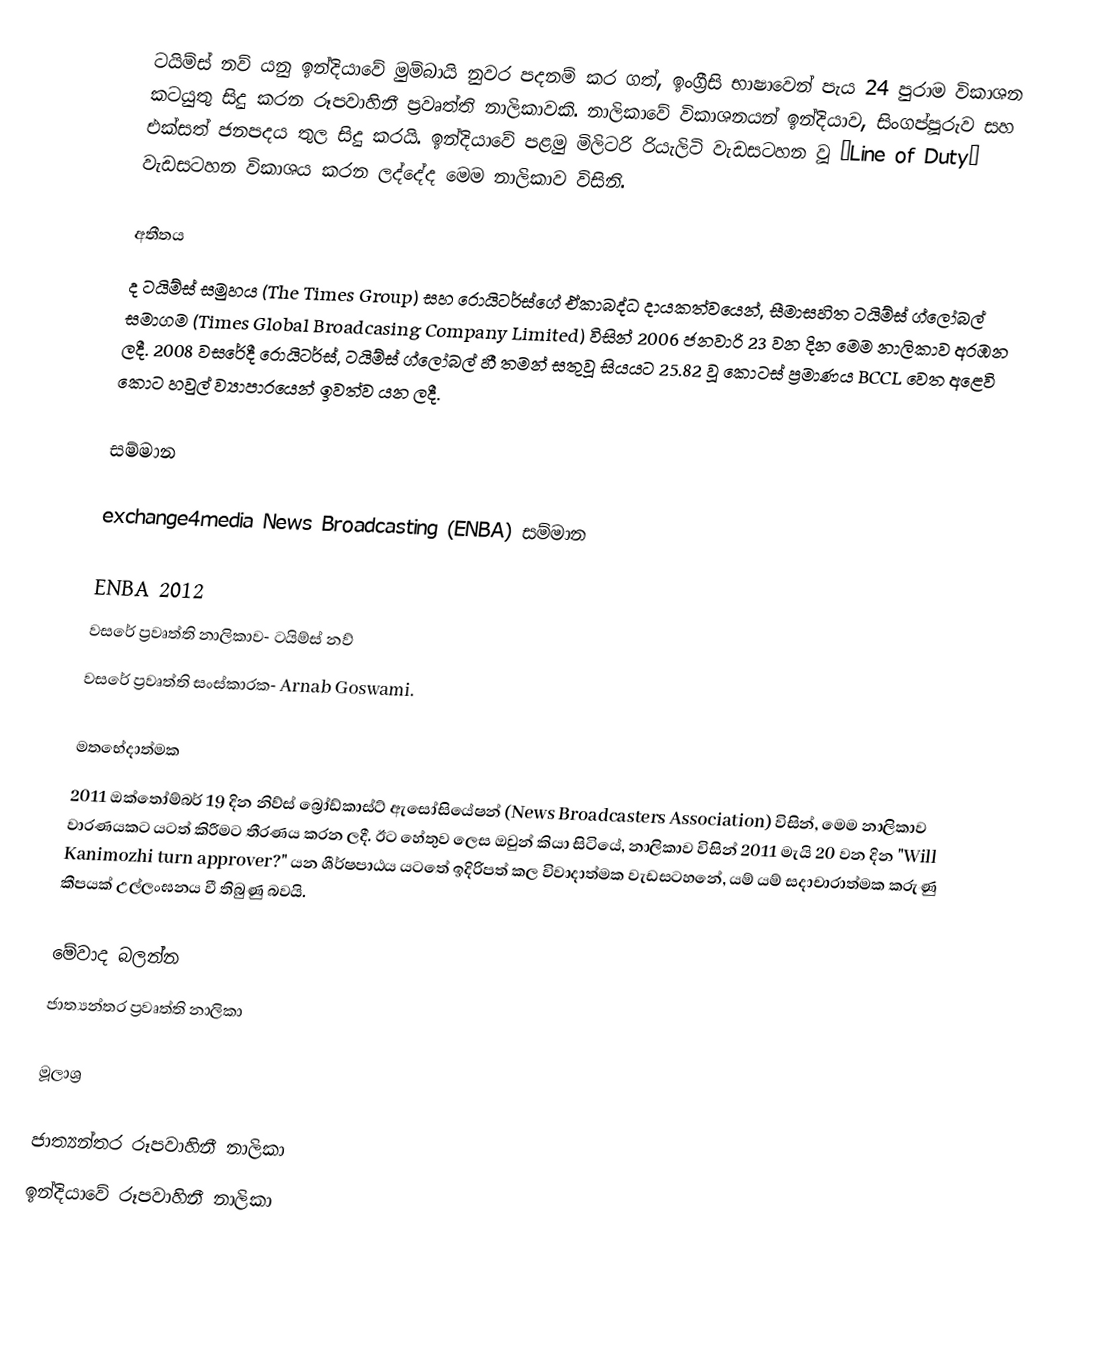
ටයිම්ස් නව් යනු ඉන්දියාවේ මුම්බායි නුවර පදනම් කර ගත්, ඉංග්‍රීසි භාෂාවෙන් පැය 24 පුරාම විකාශන කටයුතු සිදු කරන රූපවාහිනී ප්‍රවෘත්ති නාලිකාවකි. නාලිකාවේ විකාශනයන් ඉන්දියාව, සිංගප්පූරුව සහ එක්සත් ජනපදය තුල සිදු කරයි. ඉන්දියාවේ පළමු මිලිටරි රියැලිටි වැඩසටහන වූ ‘Line of Duty’ වැඩසටහන විකාශය කරන ලද්දේද මෙම නාලිකාව විසිනි.

අතීතය
ද ටයිම්ස් සමුහය (The Times Group) සහ රොයිටර්ස්ගේ ඒකාබද්ධ දායකත්වයෙන්, සීමාසහිත ටයිම්ස් ග්ලෝබල් සමාගම (Times Global Broadcasing Company Limited) විසින් 2006 ජනවාරි 23 වන දින මෙම නාලිකාව අරඹන ලදී. 2008 වසරේදී රොයිටර්ස්, ටයිම්ස් ග්ලෝබල් හී තමන් සතුවූ සියයට 25.82 වූ කොටස් ප්‍රමාණය BCCL වෙත අළෙවි කොට හවුල් ව්‍යාපාරයෙන් ඉවත්ව යන ලදී.

සම්මාන

exchange4media News Broadcasting (ENBA) සම්මාන

ENBA 2012
 වසරේ ප්‍රවෘත්ති නාලිකාව- ටයිම්ස් නව්
 වසරේ ප්‍රවෘත්ති සංස්කාරක- Arnab Goswami.

මතභේදාත්මක
2011 ඔක්තෝම්බර් 19 දින නිව්ස් බ්‍රෝඩ්කාස්ට් ඇසෝසියේෂන් (News Broadcasters Association) විසින්, මෙම නාලිකාව වාරණයකට යටත් කිරීමට තීරණය කරන ලදී. ඊට හේතුව ලෙස ඔවුන් කියා සිටියේ, නාලිකාව විසින් 2011 මැයි 20 වන දින "Will Kanimozhi turn approver?" යන ශීර්ෂපාඨය යටතේ ඉදිරිපත් කල විවාදාත්මක වැඩසටහනේ, යම් යම් සදාචාරාත්මක කරුණු කීපයක් උල්ලංඝනය වී තිබුණු බවයි.

මේවාද බලන්න
 ජාත්‍යන්තර ප්‍රවෘත්ති නාලිකා

මූලාශ්‍ර

ජාත්‍යන්තර රූපවාහිනී නාලිකා
ඉන්දියාවේ රූපවාහිනී නාලිකා